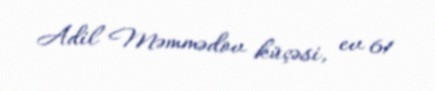
Adil Məmmədov küçəsi, ev 61